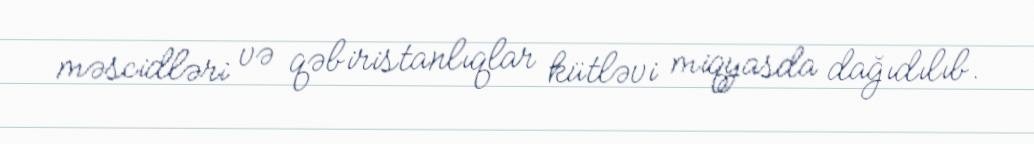
məscidləri və qəbiristanlıqlar kütləvi miqyasda dağıdılıb.